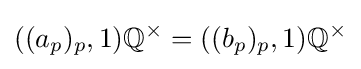
((a_{p})_{p},1)\mathbb {Q} ^{\times }=((b_{p})_{p},1)\mathbb {Q} ^{\times }